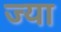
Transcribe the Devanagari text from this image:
ज्‍या